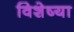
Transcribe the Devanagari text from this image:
विशेष्या